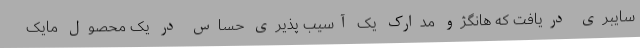
سایبری دریافت که هانگژو مدارک یک آسیب پذیری حساس در یک محصول مایک